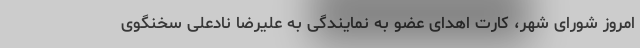
امروز شورای شهر، کارت اهدای عضو به نمایندگی به علیرضا نادعلی سخنگوی